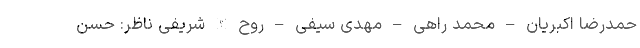
حمدرضا اکبریان – محمد راهی – مهدی سیفی – روح الله شریفی ناظر: حسن